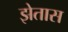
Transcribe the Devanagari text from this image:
झेतास